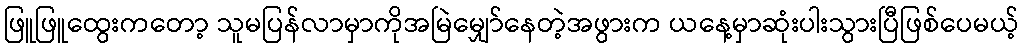
ဖြူဖြူထွေးကတော့ သူမပြန်လာမှာကိုအမြဲမျှော်နေတဲ့အဖွားက ယနေ့မှာဆုံးပါးသွားပြီဖြစ်ပေမယ့်